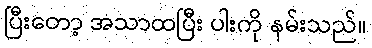
ပြီးတော့ အသာထပြီး ပါးကို နမ်းသည်။